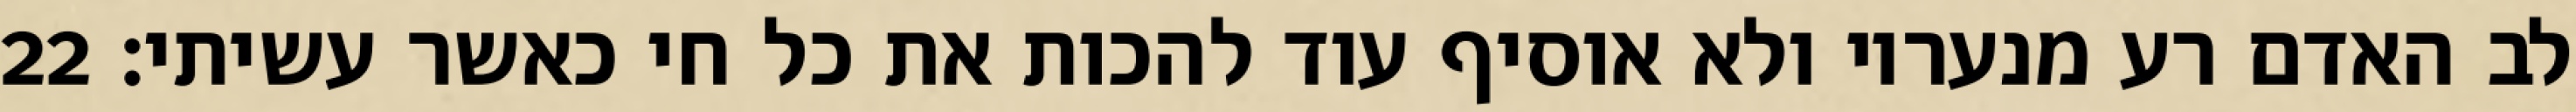
לב האדם רע מנעריו ולא אוסיף עוד להכות את כל חי כאשר עשיתי׃ ‎22‏